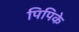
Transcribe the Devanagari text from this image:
पिपिके